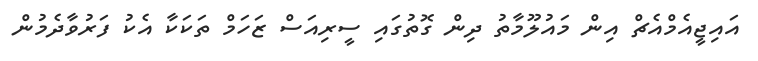
އައިޖީއެމްއެޗް އިން މައުލޫމާތު ދިން ގޮތުގައި ސީރިއަސް ޒަހަމް ތަކަކާ އެކު ފަރުވާދެމުން